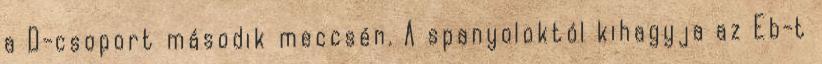
a D-csoport második meccsén. A spanyoloktól kihagyja az Eb-t